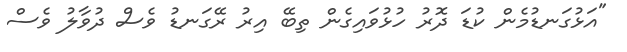
"އަޅުގަނޑުމެން ކުޑަ ދޮރު ހުޅުވައިގެން ތިބޭ އިރު ރޭގަނޑު ވެސް ދުވާލު ވެސް